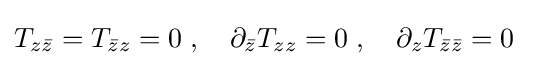
T_{z{\bar {z}}}=T_{{\bar {z}}z}=0\;,\quad \partial _{\bar {z}}T_{zz}=0\;,\quad \partial _{z}T_{{\bar {z}}{\bar {z}}}=0\